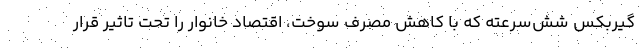
گیربکس شش‌سرعته که با کاهش مصرف سوخت، اقتصاد خانوار را تحت تاثیر قرار